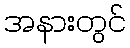
အနားတွင်